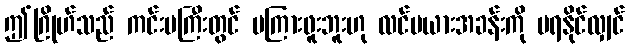
ဤဂြိုဟ်သည် ကင်းမကြီးတွင် မကြားဖူးဘူးဟု လင်မယားအခန်းကို မရနိုင်လျှင်